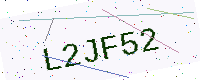
Text: L2JF52